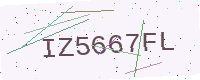
Text: IZ5667FL